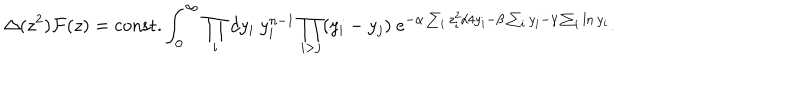
LaTeX: \Delta ( z ^ { 2 } ) { \cal F } ( z ) = \mathrm { c o n s t . } \int _ { 0 } ^ { \infty } \prod _ { i } d y _ { i } ~ y _ { i } ^ { n - 1 } \prod _ { i > j } ( y _ { i } - y _ { j } ) ~ e ^ { - \alpha \sum _ { i } z _ { i } ^ { 2 } / 4 y _ { i } - \beta \sum _ { i } y _ { i } - \gamma \sum _ { i } \ln y _ { i } } .